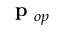
\mathrm { ~ \bf ~ p ~ } _ { o p }